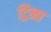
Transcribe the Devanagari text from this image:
ट्रिना